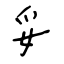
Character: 妥